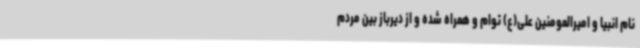
نام انبیا و امیرالمومنین علی(ع) توام و همراه شده و از دیرباز بین مردم